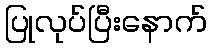
ပြုလုပ်ပြီးနောက်